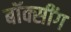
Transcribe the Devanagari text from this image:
बॉक्सींग